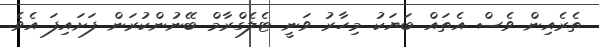
ތެރެއިން ވެސް އެތައް ބަޔަކު މިހާރު ވަނީ ޓެލެގްރާމް ބޭނުންކުރަން ފަށައިފަ އެވެ.